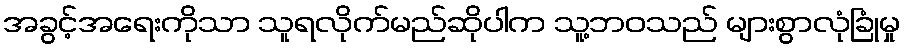
အခွင့်အရေးကိုသာ သူရလိုက်မည်ဆိုပါက သူ့ဘဝသည် များစွာလုံခြုံမှု